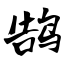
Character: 鹄